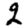
Digit: 2